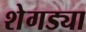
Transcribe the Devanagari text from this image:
शेगड्या